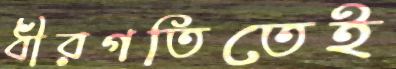
ধীরগতিতেই